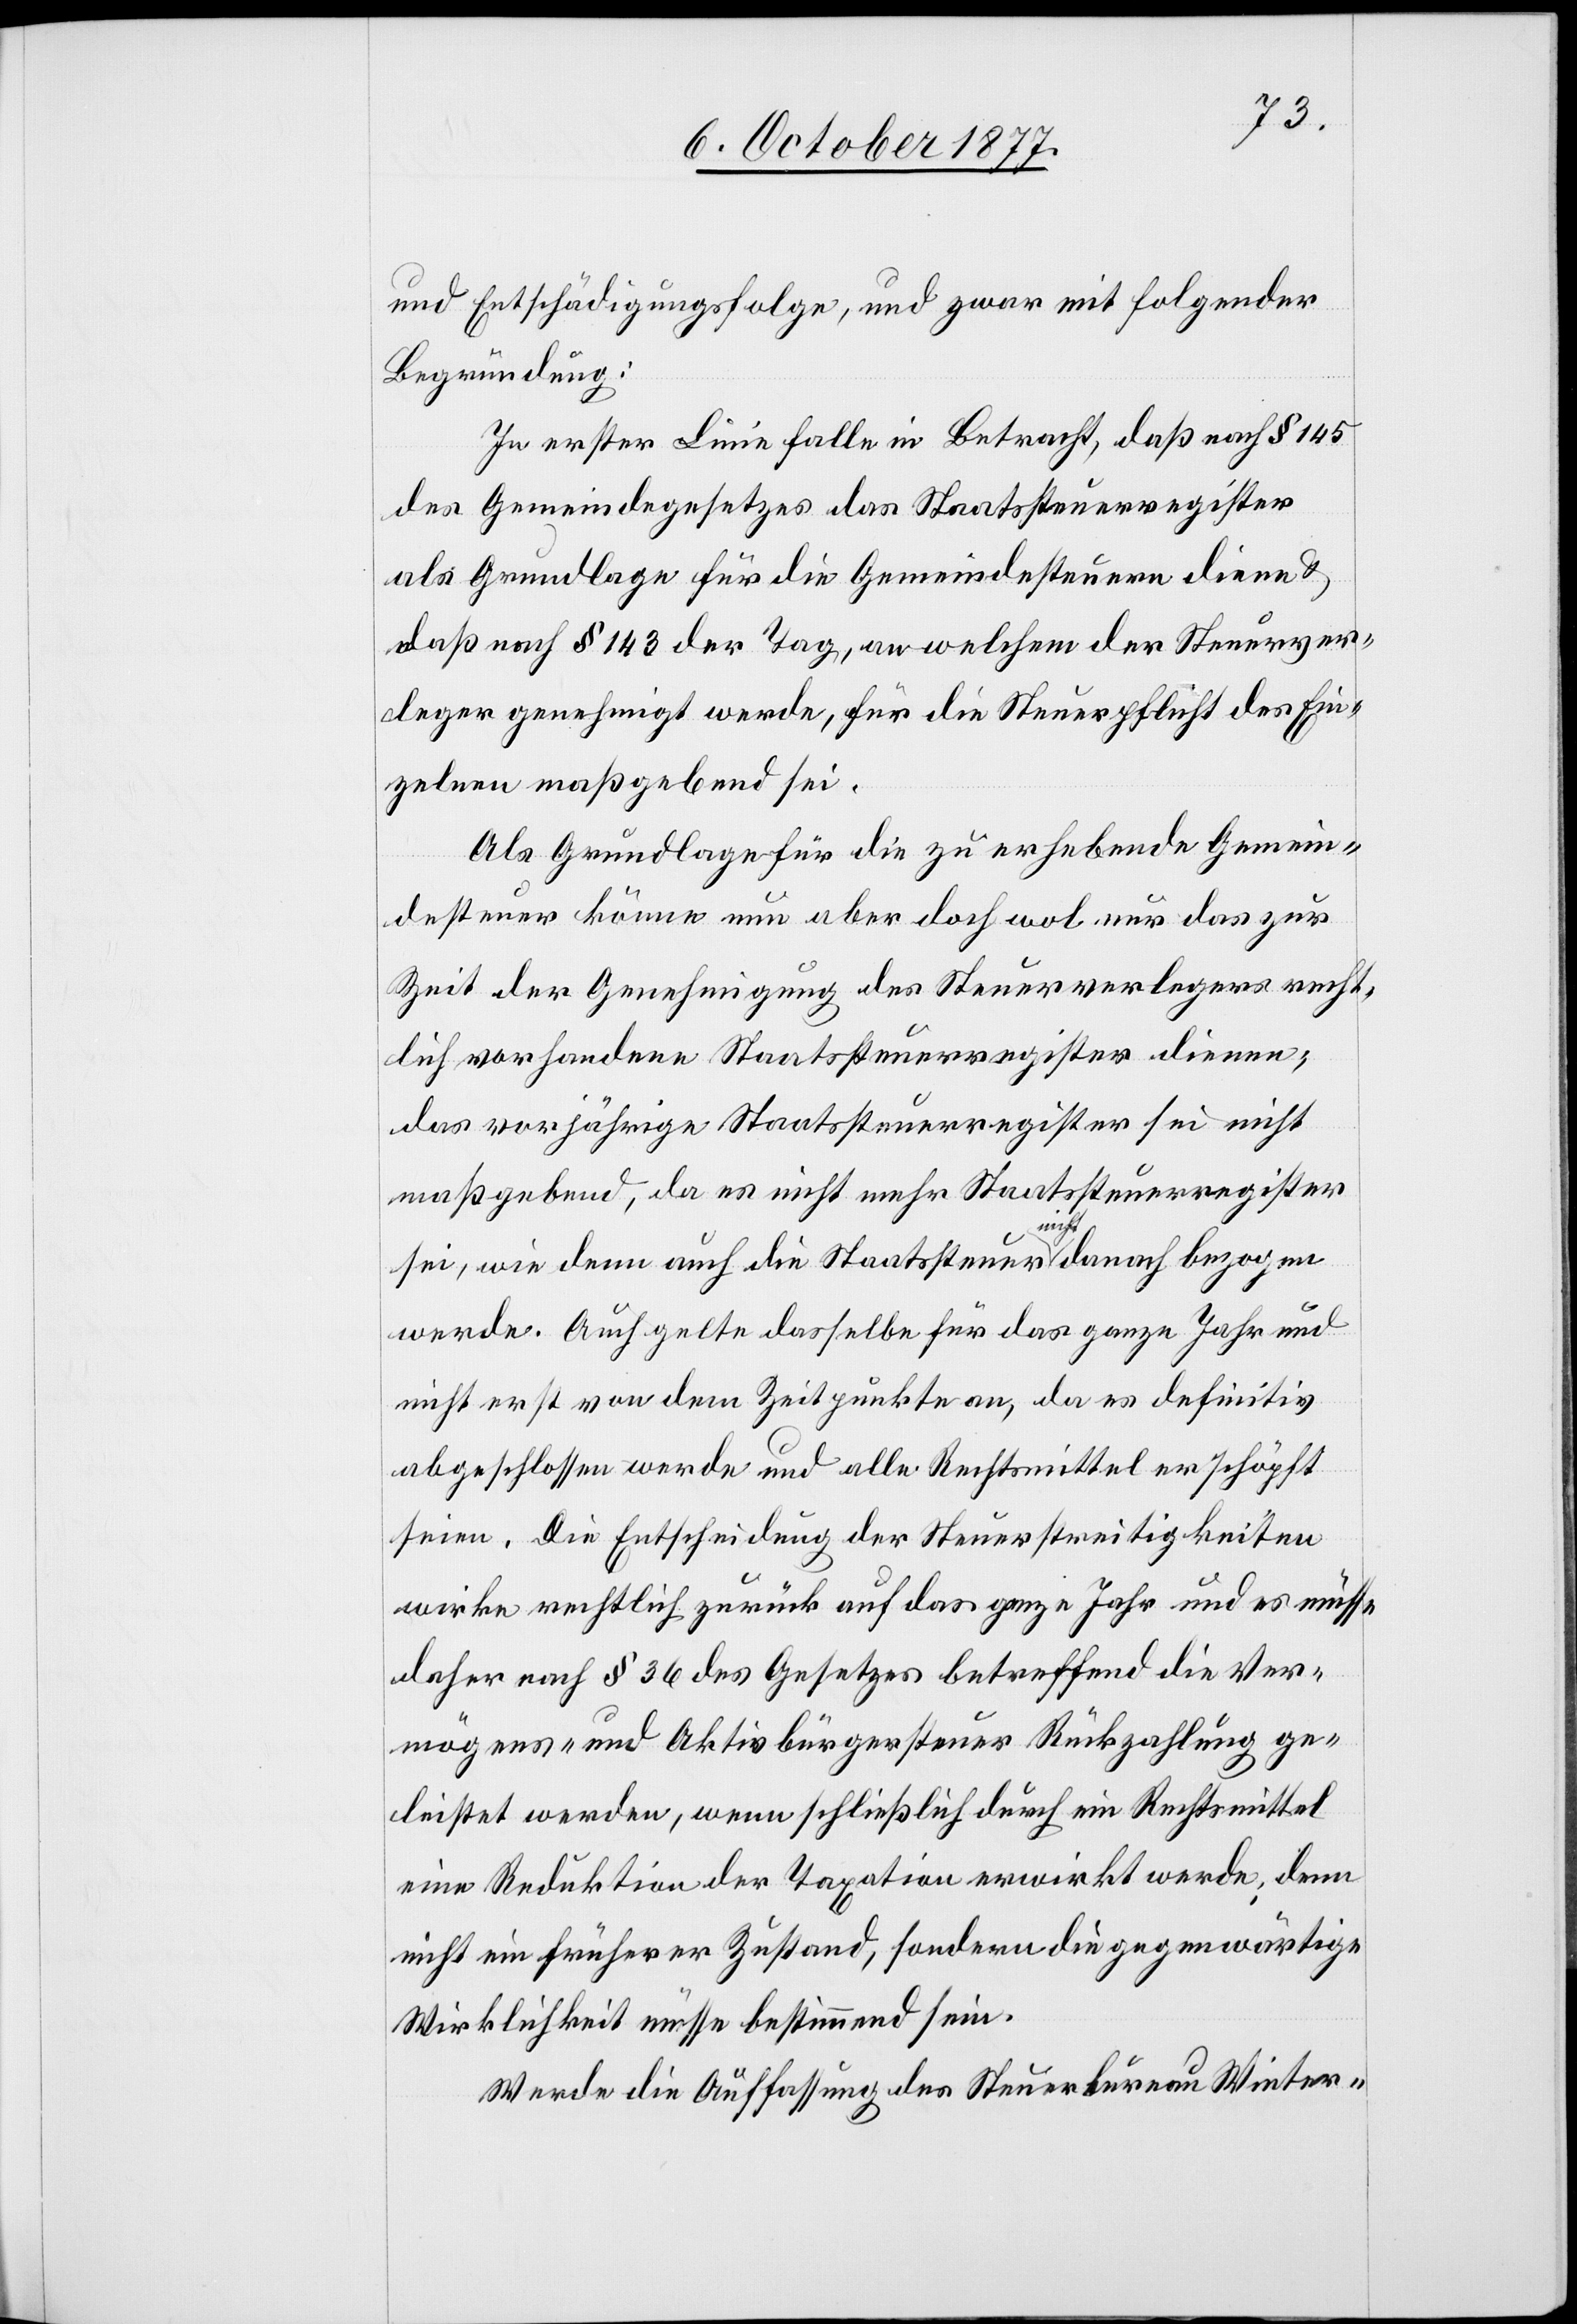
und Entschädigungsfolge, und zwar mit folgender
Begründung:
In erster Linie falle in Betracht, daß nach § 145
des Gemeindegesetzes das Staatssteuerregister
als Grundlage für die Gemeindesteuern diene &
daß nach § 143 der Tag, an welchem der Steuerver¬
leger genehmigt werde, für die Steuerpflicht des Ein¬
zelnen maßgebend sei.
Als Grundlage für die zu erhebende Gemein¬
desteuer könne nun aber doch wol nur das zur
Zeit der Genehmigung des Steuerverlegers recht¬
lich vorhandene Staatssteuerregister dienen;
das vorjährige Staatssteuerregister sei nicht
maßgebend, da es nicht mehr Staatssteuerregister
sei, wie denn auch die Staatssteuer nicht danach bezogen
werde. Auch gelte dasselbe für das ganze Jahr und
nicht erst von dem Zeitpunkte an, da es definitiv
abgeschlossen werde und alle Rechtsmittel erschöpft
seien. Die Entscheidung der Steuerstreitigkeiten
wirke rechtlich zurück auf das ganze Jahr und es müsse
daher nach § 36 des Gesetzes betreffend die Ver¬
mögens- und Aktivbürgersteuer Rückzahlung ge¬
leistet werden, wenn schließlich durch ein Rechtsmittel
eine Reduktion der Taxation erwirkt werde, denn
nicht ein früherer Zustand, sondern die gegenwärtige
Wirklichkeit müsse bestimmend sein.
Werde die Auffassung des Steuerbureau Winter-